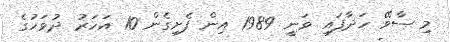
މި ސާވޭ ހަދާފައި ވަނީ 1989 އިން ފެށިގެން 10 އަހަރު ދުވަހުގެ